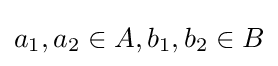
a_{1},a_{2}\in A,b_{1},b_{2}\in B